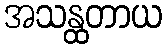
အသန္ထတာယ